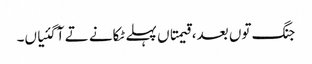
جنگ توں بعد، قیمتاں پہلے ٹکانے تے آ گئیاں۔